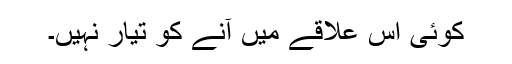
کوئی اس علاقے میں آنے کو تیار نہیں۔